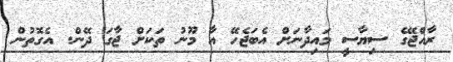
ރާއްޖޭގެ ސިޔާސީ މައިދާނަށް އެބަޖެހޭ އާ މޫނު ތަކަށް ޖާގަ ދޭން. އެގޮތުން